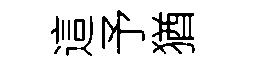
這予猶